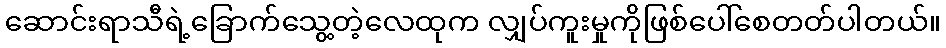
ဆောင်းရာသီရဲ့ခြောက်သွေ့တဲ့လေထုက လျှပ်ကူးမှုကိုဖြစ်ပေါ်စေတတ်ပါတယ်။